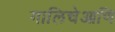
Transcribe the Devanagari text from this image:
गालिचेआणि